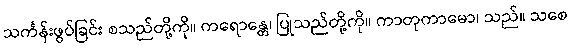
သင်္ကန်းဖွပ်ခြင်း စသည်တို့ကို။ ကရောန္တေ၊ ပြုသည်တို့ကို။ ကာတုကာမော၊ သည်။ သစေ